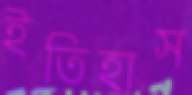
ইতিহাস